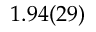
1 . 9 4 ( 2 9 )